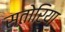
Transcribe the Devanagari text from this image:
सतोरिया